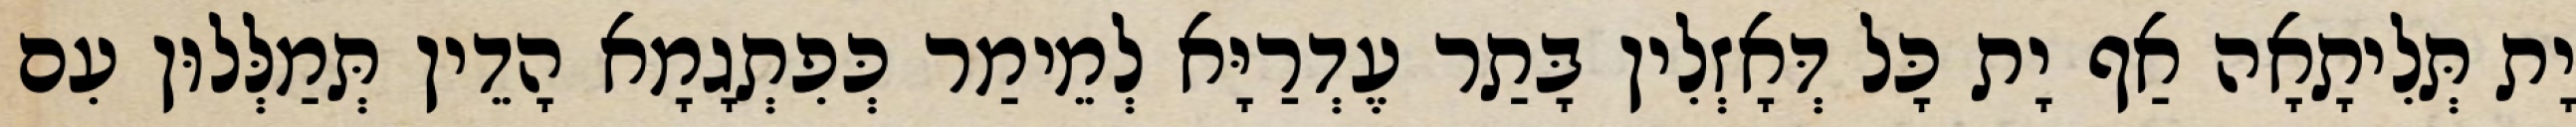
יָת תְּלִיתָאָה אַף יָת כָּל דְּאָזְלִין בָּתַר עֶדְרַיָּא לְמֵימַר כְּפִתְגָמָא הָדֵין תְּמַלְּלוּן עִם